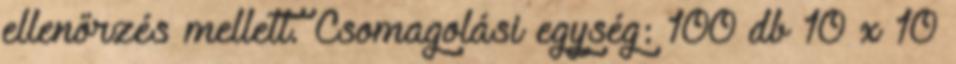
ellenőrzés mellett. Csomagolási egység: 100 db 10 x 10